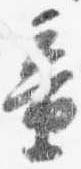
童